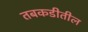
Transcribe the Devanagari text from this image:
तबकडीतील